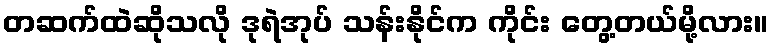
တဆက်ထဲဆိုသလို ဒုရဲအုပ် သန်းနိုင်က ကိုင်း တွေ့တယ်မို့လား။